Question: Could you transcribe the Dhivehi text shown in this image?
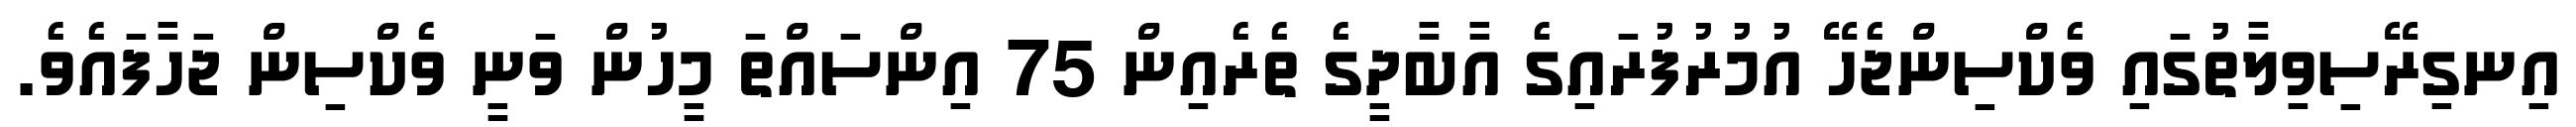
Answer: އިނގިރޭސިވިލާތުގައި ވެކްސިންޖެހޭ އުމުރުފުރައިގެ އާބާދީގެ ތެރެއިން 75 އިންސައްތަ މީހުން ވަނީ ވެކްސިން ޖަހާފައެވެ.